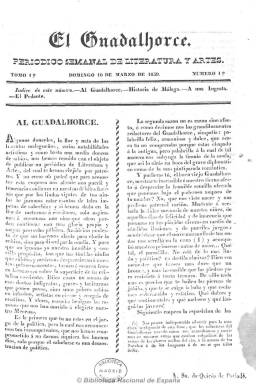
Título: El Guadalhorce (Málaga)
Colección: Cultura
Ámbito geográfico: Málaga
Lugar de publicación: Málaga
Fechas: 10/03/1839-27/12/1840

Revista literaria e ilustrada del movimiento romántico en Málaga, subtitulada “periódico semanal de ciencias, literatura y bellas artes”. Publicó dos series. En la primera publicó 44 números, desde el 10 de marzo al 31 de diciembre de 1839, y en la segunda, desde el 5 de abril al 27 de diciembre de 1840, 39 números, generalmente de ocho páginas cada uno y acompañados de láminas, además de los dibujos que adornan los textos.

Inserta artículos de crítica y creación literaria (cuadros de costumbres, romances y otras composiciones poéticas, narraciones, etc.), algunas traducciones, notas bibliográficas, artículos de historia, etc. También partituras musicales, además de los grabados sobre edificios, vistas, paisajes, tipos costumbristas, etc., referidos principalmente a Málaga, pero también a Granada y otras ciudades españolas, así como algún retrato.

En ella se da cita un nutrido grupo de jóvenes literatos y de dibujantes y litógrafos. En su primera serie su director y editor es José de Medina y Aguayo, y en la segunda, A. J. Velasco, casado con Dolores Gómez de Cádiz, una de sus redactoras. Sus principales colaboradores son Ildefonso Marzo, que publica una serie sobre la historia de Málaga, así como Gerónimo de la Escosura, Mariano González Vals, que firma con las iniciales M.G., Casto de Iturralde y García, Juan Bautista Sandoval, Gertrudis Gómez de Avellaneda, María Mendoza de Vives, J. Bouligni y José María Bremon. Entre sus grabadores destacan Rafael de Mitjadas y Ardison, Manuel de Mesa y Francisco Pérez Berrocal.

Ángel Caffarena publica en 1961 el índice de la revista y reproduce sus principales grabados, y Javier Ordóñez realiza un estudio de la misma en Boletín de arte (1992-1993).